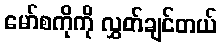
မော်စကိုကို လွှတ်ချင်တယ်